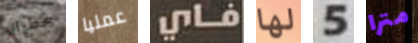
خطواته عمليا فاي لها 5 مترا